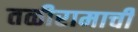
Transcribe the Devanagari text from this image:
तळीरामाची